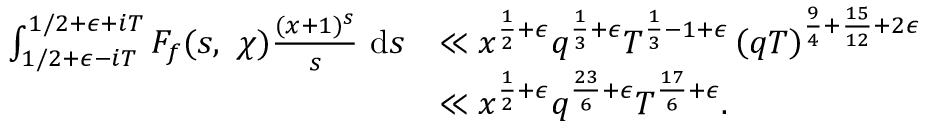
\begin{array} { r l } { \int _ { 1 / 2 + \epsilon - i T } ^ { 1 / 2 + \epsilon + i T } F _ { f } ( s , \ \chi ) \frac { ( x + 1 ) ^ { s } } { s } \ \mathrm { d } s } & { \ll x ^ { \frac { 1 } { 2 } + \epsilon } q ^ { \frac { 1 } { 3 } + \epsilon } T ^ { \frac { 1 } { 3 } - 1 + \epsilon } \left( q T \right) ^ { \frac { 9 } { 4 } + \frac { 1 5 } { 1 2 } + 2 \epsilon } } \\ & { \ll x ^ { \frac { 1 } { 2 } + \epsilon } q ^ { \frac { 2 3 } { 6 } + \epsilon } T ^ { \frac { 1 7 } { 6 } + \epsilon } . } \end{array}